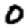
Digit: 0